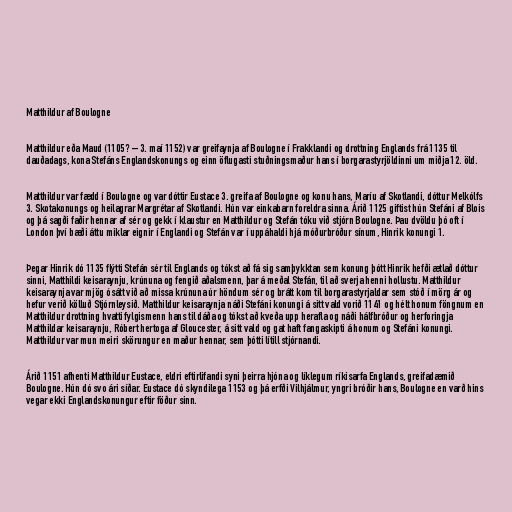
Matthildur af Boulogne

Matthildur eða Maud (1105? – 3. maí 1152) var greifaynja af Boulogne í Frakklandi og drottning Englands frá 1135 til
dauðadags, kona Stefáns Englandskonungs og einn öflugasti stuðningsmaður hans í borgarastyrjöldinni um miðja 12. öld.

Matthildur var fædd í Boulogne og var dóttir Eustace 3. greifa af Boulogne og konu hans, Maríu af Skotlandi, dóttur Melkólfs
3. Skotakonungs og heilagrar Margrétar af Skotlandi. Hún var einkabarn foreldra sinna. Árið 1125 giftist hún Stefáni af Blois
og þá sagði faðir hennar af sér og gekk í klaustur en Matthildur og Stefán tóku við stjórn Boulogne. Þau dvöldu þó oft í
London því bæði áttu miklar eignir í Englandi og Stefán var í uppáhaldi hjá móðurbróður sínum, Hinrik konungi 1.

Þegar Hinrik dó 1135 flýtti Stefán sér til Englands og tókst að fá sig samþykktan sem konung þótt Hinrik hefði ætlað dóttur
sinni, Matthildi keisaraynju, krúnuna og fengið aðalsmenn, þar á meðal Stefán, til að sverja henni hollustu. Matthildur
keisaraynja var mjög ósátt við að missa krúnuna úr höndum sér og brátt kom til borgarastyrjaldar sem stóð í mörg ár og
hefur verið kölluð Stjórnleysið. Matthildur keisaraynja náði Stefáni konungi á sitt vald vorið 1141 og hélt honum föngnum en
Matthildur drottning hvatti fylgismenn hans til dáða og tókst að kveða upp herafla og náði hálfbróður og herforingja
Matthildar keisaraynju, Róbert hertoga af Gloucester, á sitt vald og gat haft fangaskipti á honum og Stefáni konungi.
Matthildur var mun meiri skörungur en maður hennar, sem þótti lítill stjórnandi.

Árið 1151 afhenti Matthildur Eustace, eldri eftirlifandi syni þeirra hjóna og líklegum ríkisarfa Englands, greifadæmið
Boulogne. Hún dó svo ári síðar. Eustace dó skyndilega 1153 og þá erfði Vilhjálmur, yngri bróðir hans, Boulogne en varð hins
vegar ekki Englandskonungur eftir föður sinn.